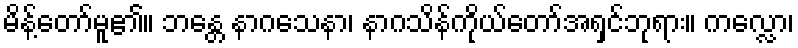
မိန့်တော်မူ၏။ ဘန္တေ နာဂသေနာ၊ နာဂသိန်ကိုယ်တော်အရှင်ဘုရား။ ကလ္လော၊